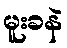
မူးခနဲ